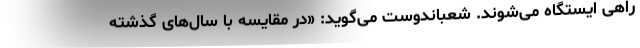
راهی ایستگاه می‌شوند. شعباندوست می‌گوید: «در مقایسه با سال‌های گذشته